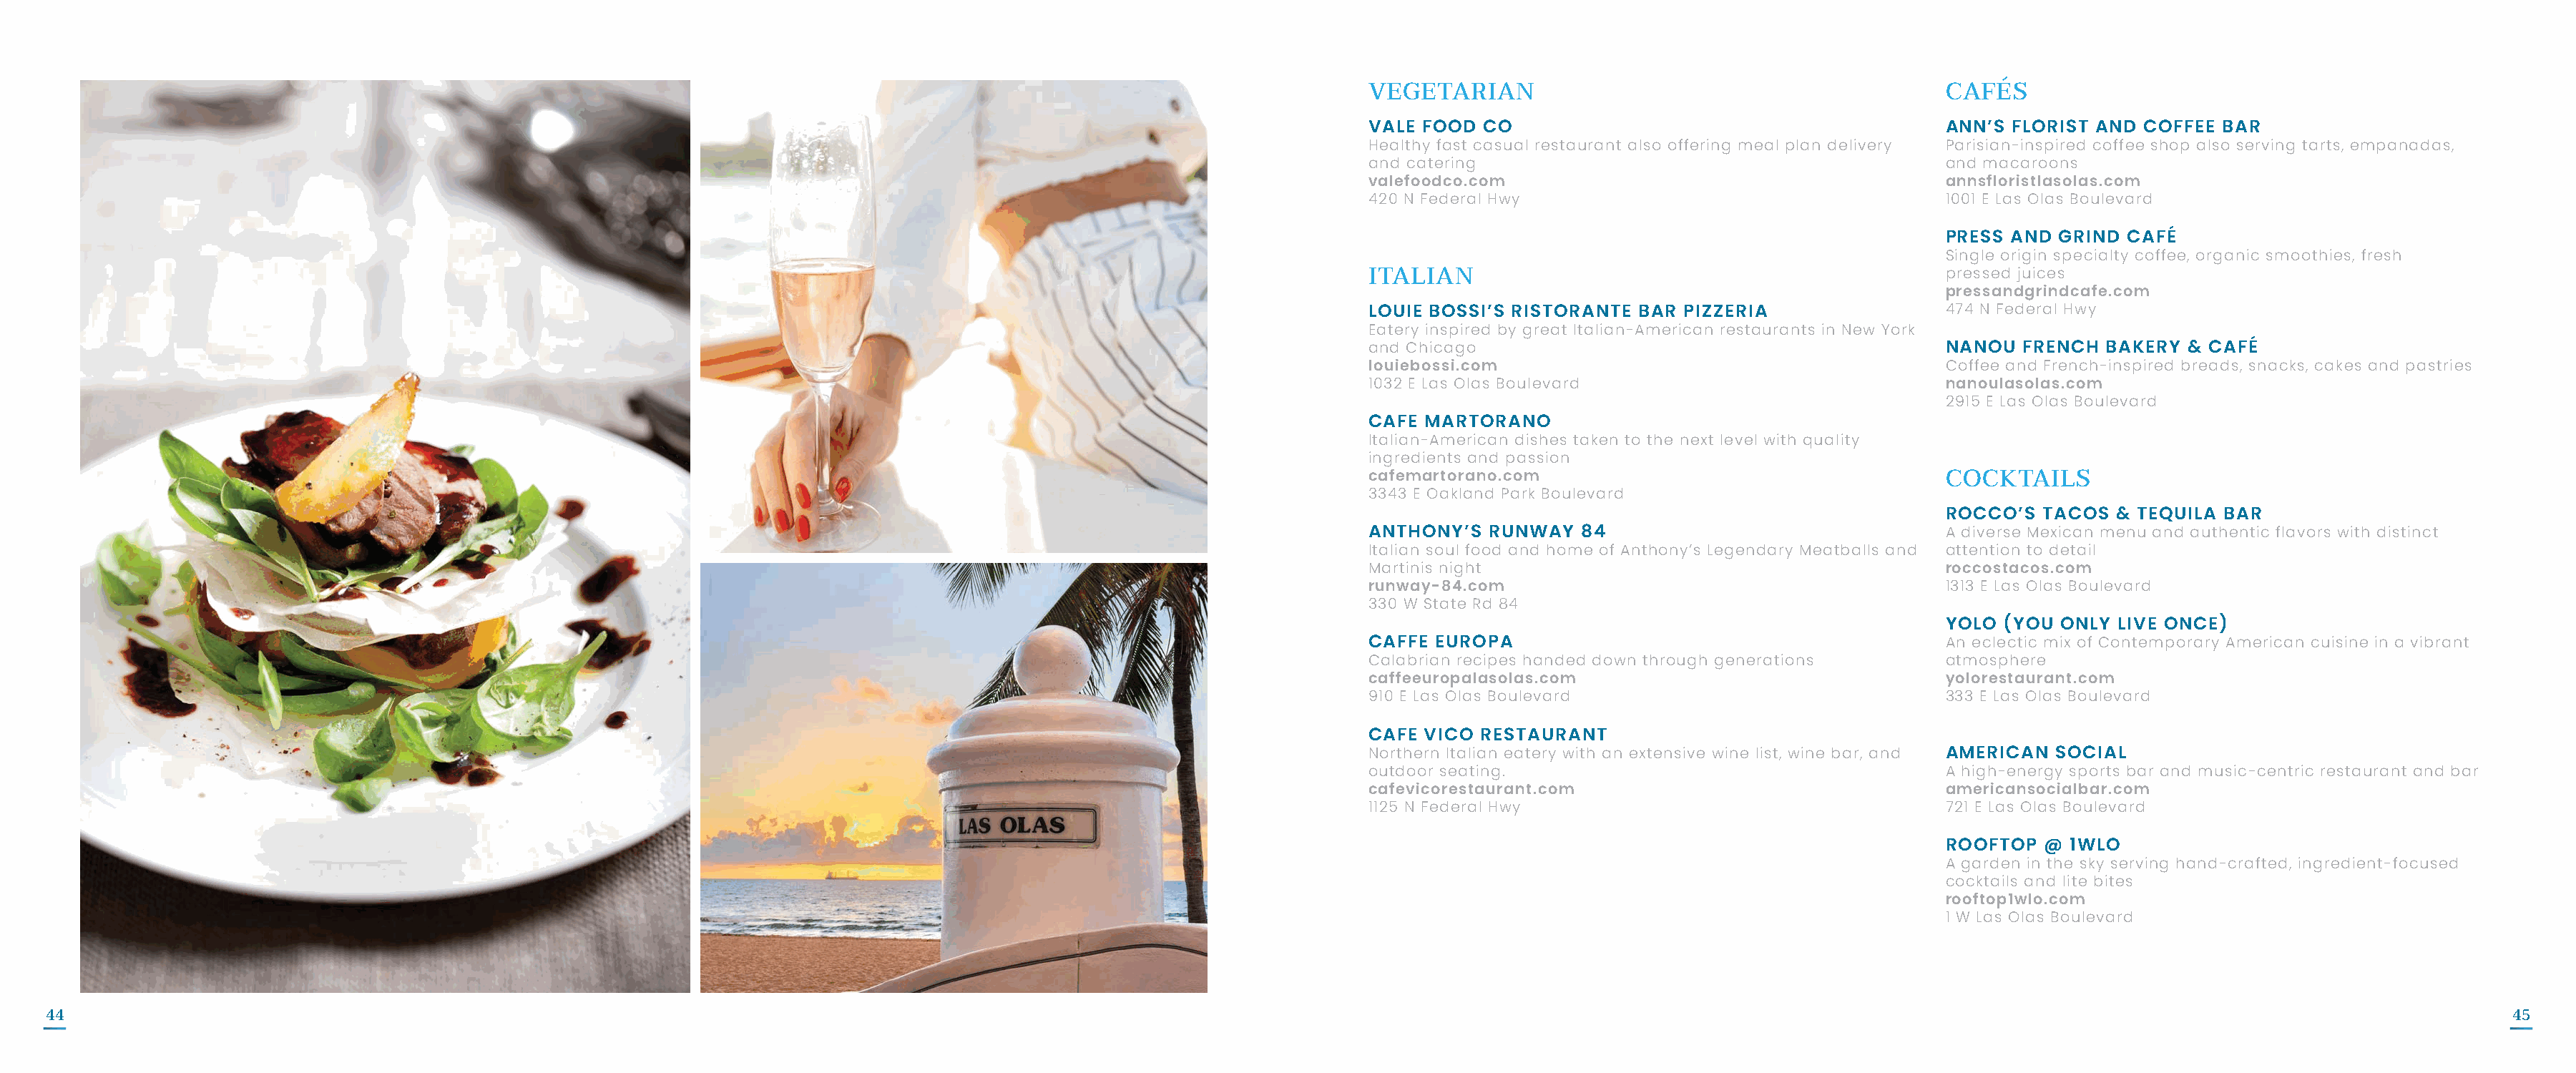
VEGETARIAN                                           CAFÉS
 VALE FOOD CO                                         ANN’S FLORIST AND COFFEE  BAR
 Healthy fast casual restaurant also offering meal plan delivery Parisian-inspired coffee shop also serving tarts, empanadas,
 and catering                                         and macaroons
 valefoodco.com                                       annsfloristlasolas.com
 420 N Federal Hwy                                    1001 E Las Olas Boulevard
 PRESS AND GRIND  CAFÉ
 Single origin specialty coffee, organic smoothies, fresh
 pressed juices
 ITALIAN
 pressandgrindcafe.com
 LOUIE BOSSI’S RISTORANTE BAR PIZZERIA                474 N Federal Hwy
 Eatery inspired by great Italian-American restaurants in New York
 and Chicago                                          NANOU  FRENCH  BAKERY & CAFÉ
 louiebossi.com                                       Coffee and French-inspired breads, snacks, cakes and pastries
 1032 E Las Olas Boulevard                            nanoulasolas.com
 2915 E Las Olas Boulevard
 CAFE MARTORANO
 Italian-American dishes taken to the next level with quality
 ingredients and passion
 cafemartorano.com
 COCKTAILS
 3343 E Oakland Park Boulevard
 ROCCO’S  TACOS  & TEQUILA BAR
 ANTHONY’S  RUNWAY  84                                A diverse Mexican menu and authentic flavors with distinct
 Italian soul food and home of Anthony’s Legendary Meatballs and attention to detail
 Martinis night                                       roccostacos.com
 runway-84.com                                        1313 E Las Olas Boulevard
 330 W State Rd 84
 YOLO (YOU  ONLY LIVE ONCE)
 CAFFE EUROPA                                         An eclectic mix of Contemporary American cuisine in a vibrant
 Calabrian recipes handed down through generations    atmosphere
 caffeeuropalasolas.com                               yolorestaurant.com
 910 E Las Olas Boulevard                             333 E Las Olas Boulevard
 CAFE VICO RESTAURANT
 Northern Italian eatery with an extensive wine list, wine bar, and AMERICAN SOCIAL
 outdoor seating.                                     A high-energy sports bar and music-centric restaurant and bar
 cafevicorestaurant.com                               americansocialbar.com
 1125 N Federal Hwy                                   721 E Las Olas Boulevard
 ROOFTOP  @ 1WLO
 A garden in the sky serving hand-crafted, ingredient-focused
 cocktails and lite bites
 rooftop1wlo.com
 1 W Las Olas Boulevard
 44                                                                                                                                                                                                                                  45